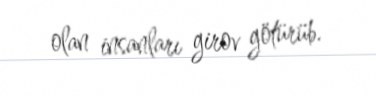
olan insanları girov götürüb.